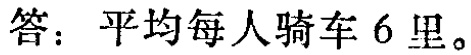
答：平均每人骑车 6 里。